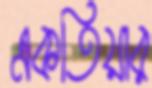
একতিয়ার